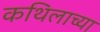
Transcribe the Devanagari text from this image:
कथिलाच्या